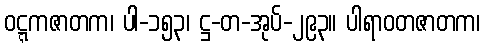
ဝဋ္ဋကဇာတက၊ ပါ-၁၅၃၊ ဋ္ဌ-တ-အုပ်-၂၉၃။ ပါရာဝတဇာတက၊